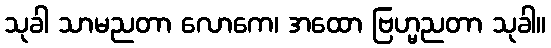
သုခါ သာမညတာ လောကေ၊ အထော ဗြဟ္မညတာ သုခါ။